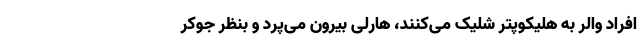
افراد والر به هلیکوپتر شلیک می‌کنند، هارلی بیرون می‌پرد و بنظر جوکر